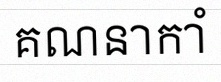
គណនាកាំ